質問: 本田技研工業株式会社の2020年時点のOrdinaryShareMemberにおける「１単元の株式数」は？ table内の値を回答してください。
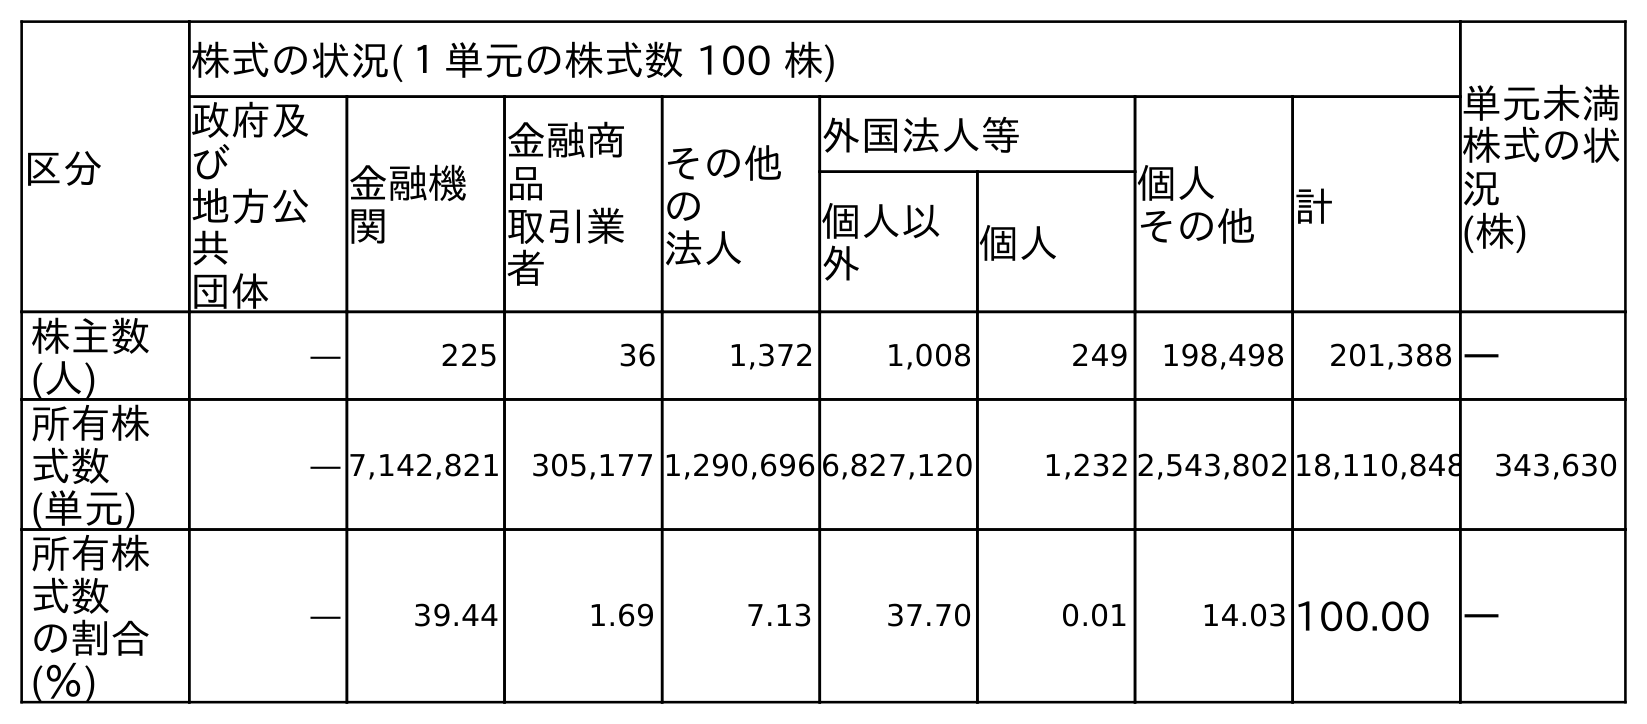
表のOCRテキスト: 区分 株式の状況(１単元の株式数 100 株) 単元未満 株式の状 況 (株) 政府及 び 地方公 共 団体 金融機 関 金融商 品 取引業 者 その他 の 法人 外国法人等 個人 その他 計 個人以 外 個人 株主数 (人) ― 225 36 1,372 1,008 249 198,498 201,388 ― 所有株 式数 (単元) ― 7,142,821 305,177 1,290,696 6,827,120 1,232 2,543,802 18,110,848 343,630 所有株 式数 の割合 (％) ― 39.44 1.69 7.13 37.70 0.01 14.03 100.00 ―
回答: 株式の状況(１単元の株式数100株)